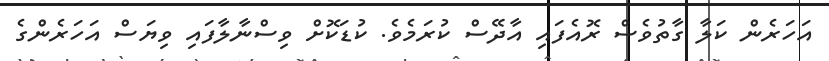
އަހަރެން ކަލާ ގާތުވެސް ރޮއެފައި އާދޭސް ކުރަމެވެ. ކުޑަކޮށް ވިސްނާލާފައި ވިޔަސް އަހަރެންގެ